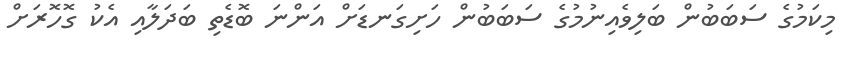
މިކަމުގެ ސަބަބުން ބަލިވެއިނުމުގެ ސަބަބުން ހަށިގަނޑަށް އަންނަ ބޮޑެތި ބަދަލާއި އެކު ގޮހޮރަށް